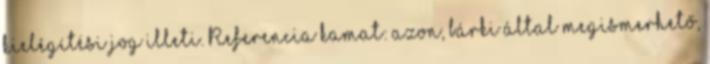
kielégítési jog illeti. Referencia kamat: azon, bárki által megismerhető,